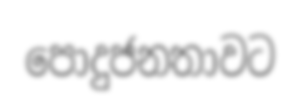
පොදුජනතාවට